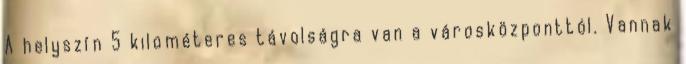
A helyszín 5 kilométeres távolságra van a városközponttól. Vannak